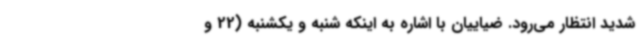
شدید انتظار می‌رود. ضیاییان با اشاره به اینکه شنبه و یکشنبه (22 و